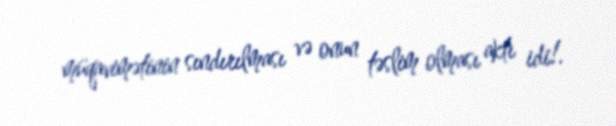
müqavimətinin sındırılması və onun təslim olması aktı idi!.